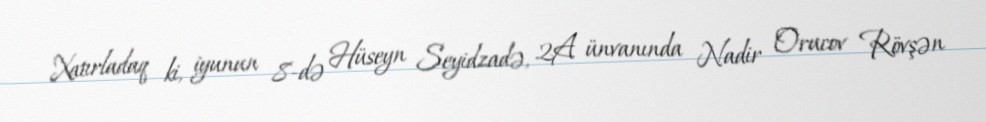
Xatırladaq ki, iyunun 8-də Hüseyn Seyidzadə, 2A ünvanında Nadir Orucov Rövşən